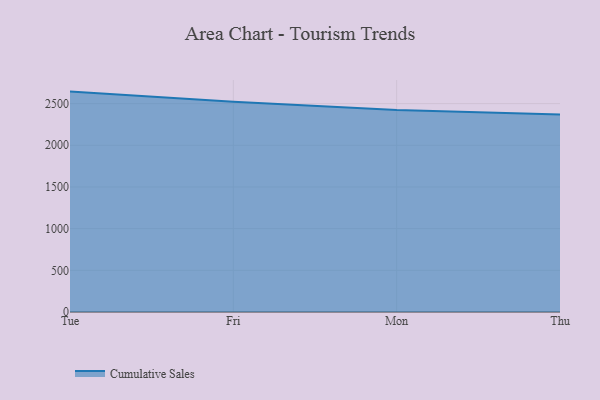
{"axis": {"x": "Day", "y": "Temperature (°C)"}, "legend": ["Cumulative Sales"], "data": [{"x": "Tue", "y": 2644.1, "type": "Cumulative Sales"}, {"x": "Fri", "y": 2523.6, "type": "Cumulative Sales"}, {"x": "Mon", "y": 2422.2, "type": "Cumulative Sales"}, {"x": "Thu", "y": 2369.8, "type": "Cumulative Sales"}]}